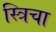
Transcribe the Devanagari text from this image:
स्त्रिचा